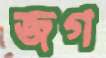
জগ